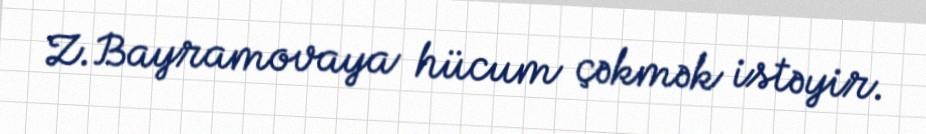
Z.Bayramovaya hücum çəkmək istəyir.